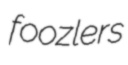
foozlers